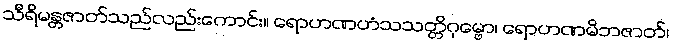
သီရိမန္တဇာတ်သည်လည်းကောင်း။ ရောဟဏဟံသသတ္တိဂုမ္ဗော၊ ရောဟဏမိဘဇာတ်၊